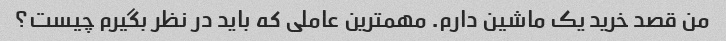
من قصد خرید یک ماشین دارم. مهمترین عاملی که باید در نظر بگیرم چیست؟